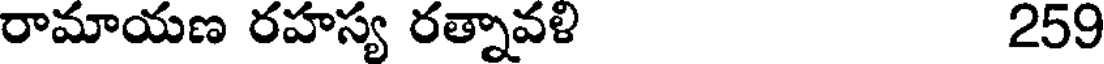
రామాయణ రహస్య రత్నావళి 259